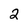
Character: 2